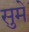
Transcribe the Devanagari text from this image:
सुमे